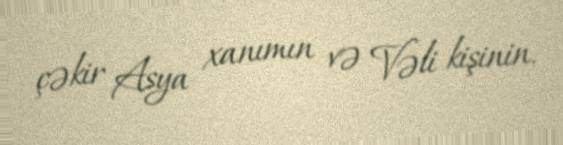
çəkir Asya xanımın və Vəli kişinin.